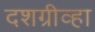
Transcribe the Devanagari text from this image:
दशग्रीव्हा